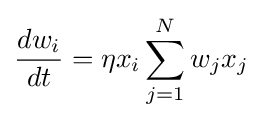
{\frac {dw_{i}}{dt}}=\eta x_{i}\sum _{j=1}^{N}w_{j}x_{j}